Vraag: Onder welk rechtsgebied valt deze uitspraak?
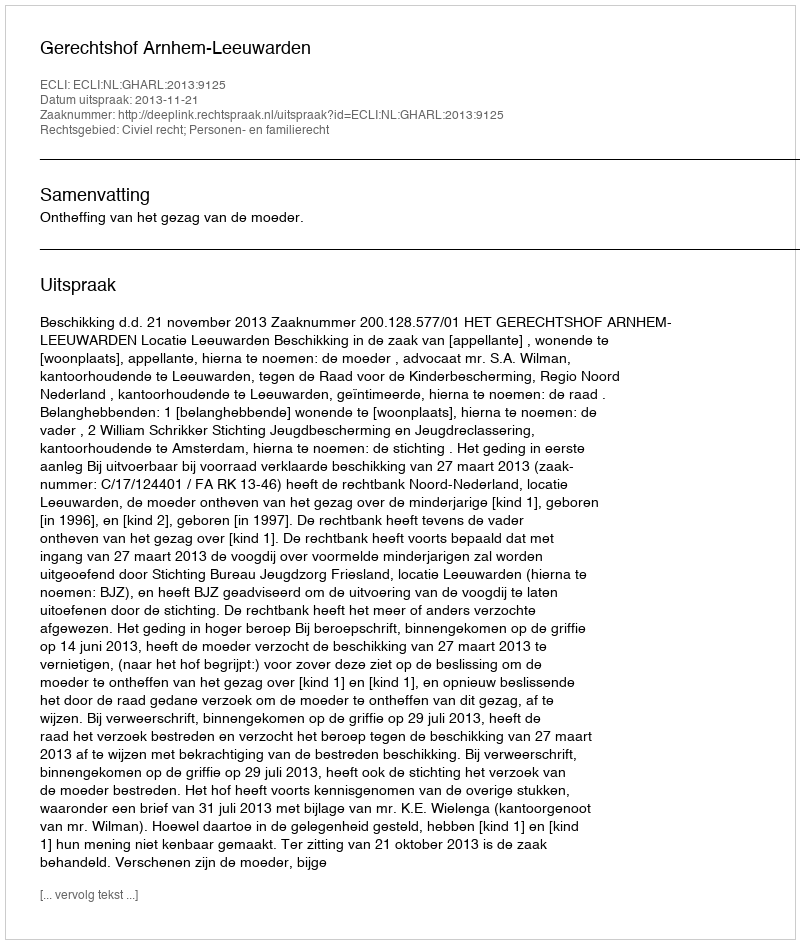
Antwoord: Civiel recht; Personen- en familierecht